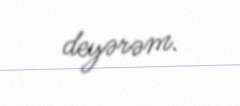
deyərəm.